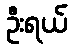
ဦးရယ်